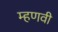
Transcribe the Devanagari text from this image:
म्हणवी